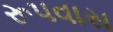
રૂપવાસ